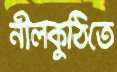
নীলকুঠিতে